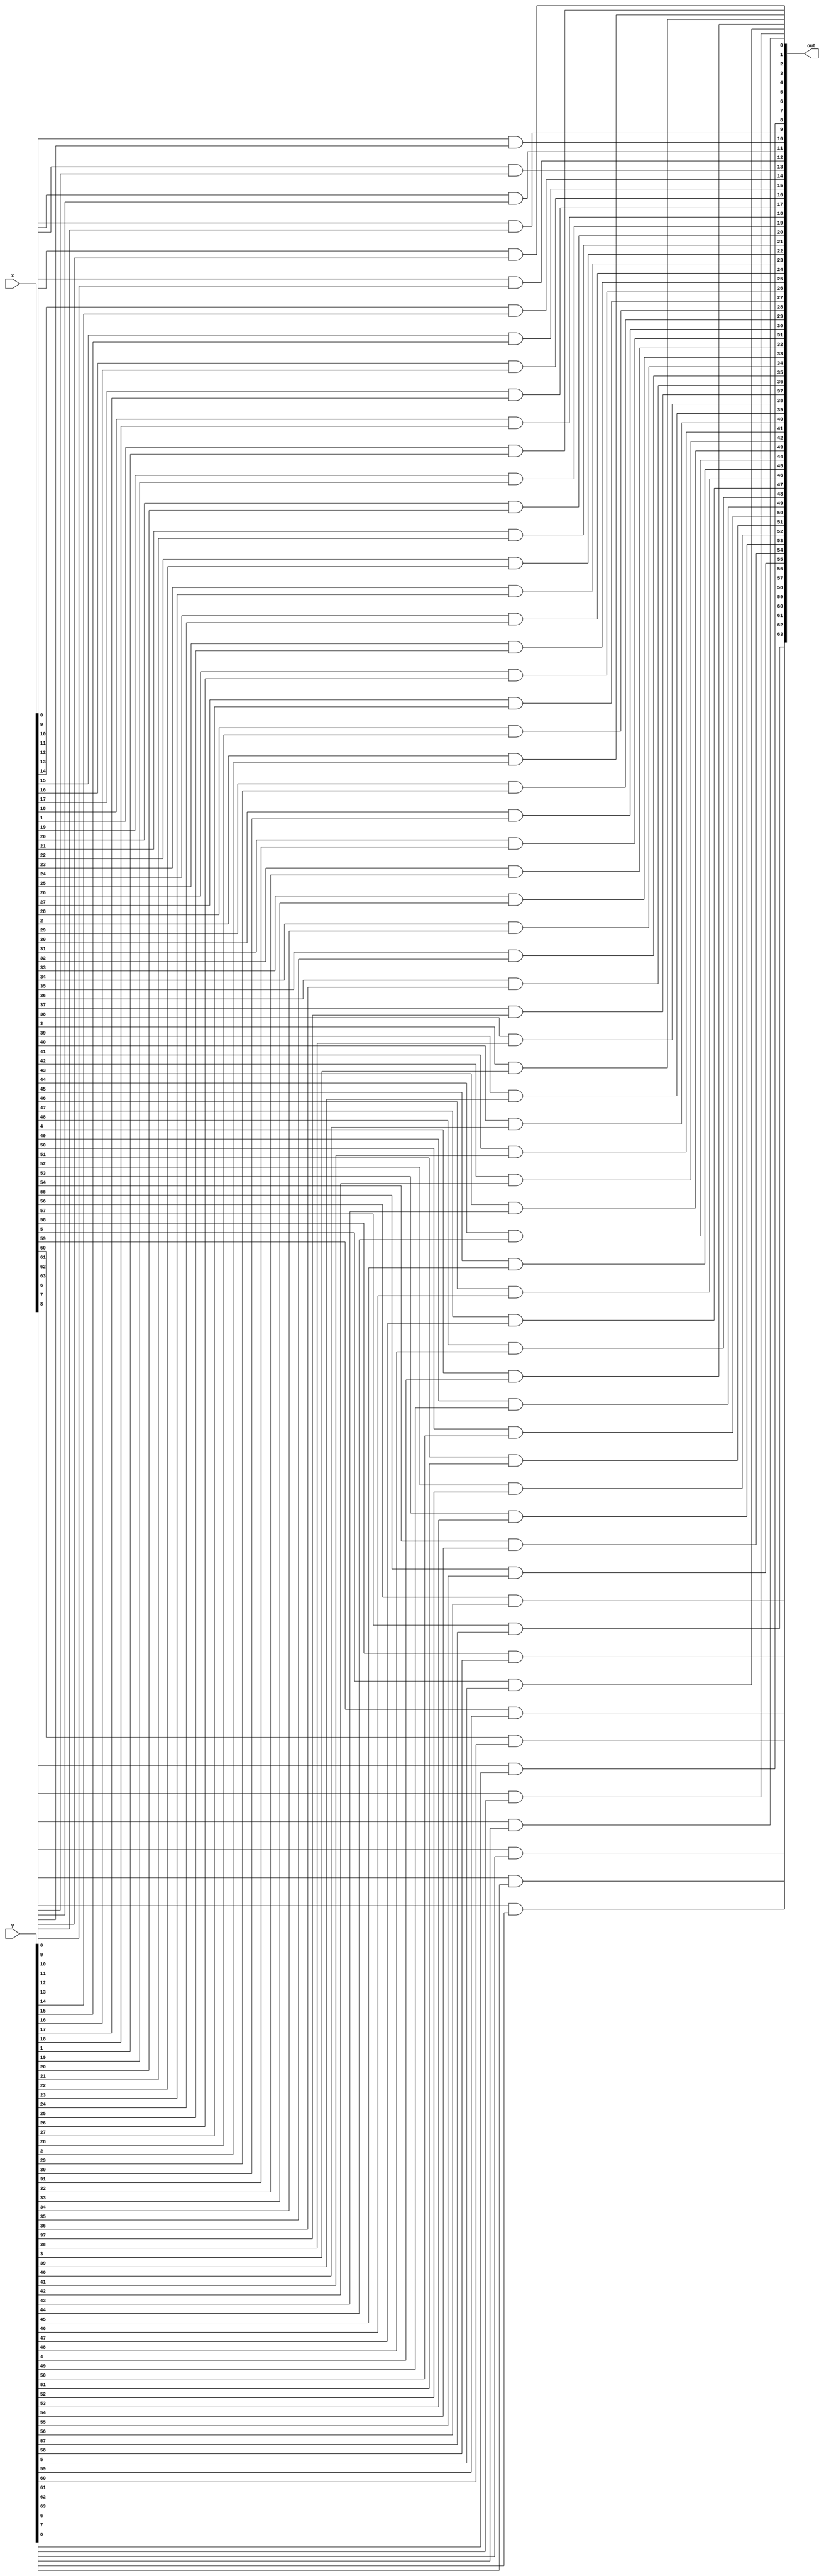
module And(x,y,out);

input signed [63:0]x;
input signed [63:0]y;
output signed [63:0]out;

genvar i;
generate
    for(i=0;i<64;i=i+1)
    begin
       and (out[i],x[i],y[i]); //And operation is taken place bit by bit
    end
endgenerate

endmodule